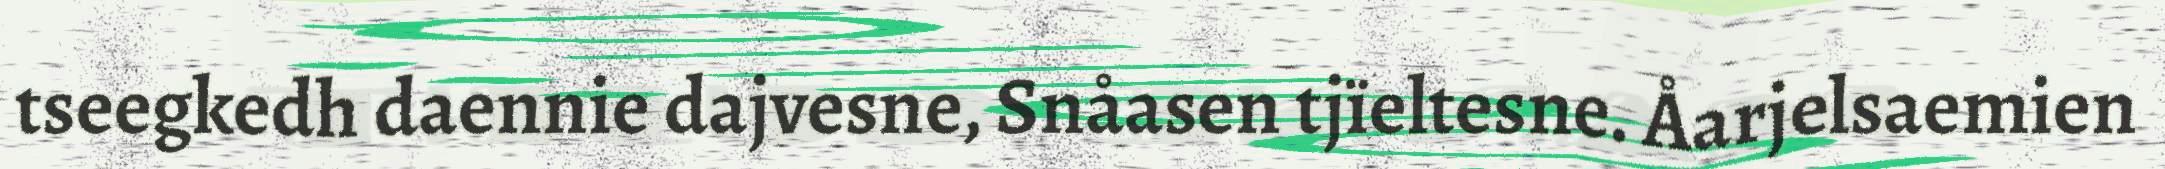
tseegkedh daennie dajvesne, Snåasen tjïeltesne. Åarjelsaemien